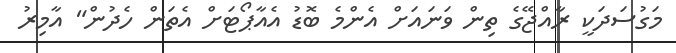
މަގުސަދަކީ ރާއްޖޭގެ ތިން ވަނައަށް އެންމެ ބޮޑު އެއާޕޯޓަށް އެތަން ހެދުން" އާމިރު